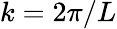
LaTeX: k=2\pi/L